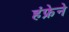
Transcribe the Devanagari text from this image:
हंफ्रेने